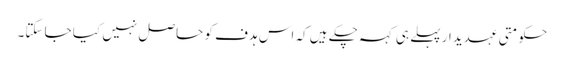
حکومتی عہدیدار پہلے ہی کہہ چکے ہیں کہ اس ہدف کو حاصل نہیں کیا جا سکتا۔